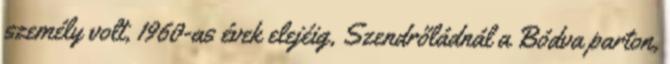
személy volt, 1960-as évek elejéig, Szendrőládnál a Bódva parton,